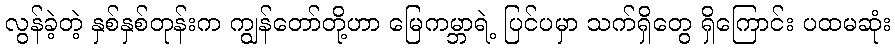
လွန်ခဲ့တဲ့ နှစ်နှစ်တုန်းက ကျွန်တော်တို့ဟာ မြေကမ္ဘာရဲ့ ပြင်ပမှာ သက်ရှိတွေ ရှိကြောင်း ပထမဆုံး